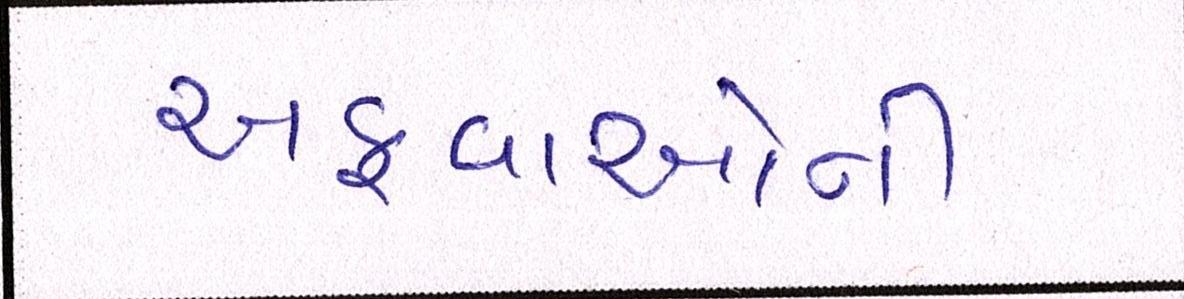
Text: અફવાઓની